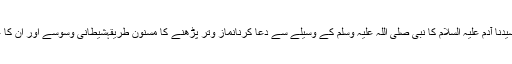
کانوں کا مسح کرنا مسنون عمل ہےسیدنا آدم علیہ السلام کا نبی صلی اللہ علیہ وسلم کے وسیلے سے دعا کرنانماز وتر پڑھنے کا مسنون طریقہشیطانی وسوسے اور ان کا علاجسجدہِ تلاوت سنت ہے یا واجب؟